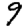
Digit: 9